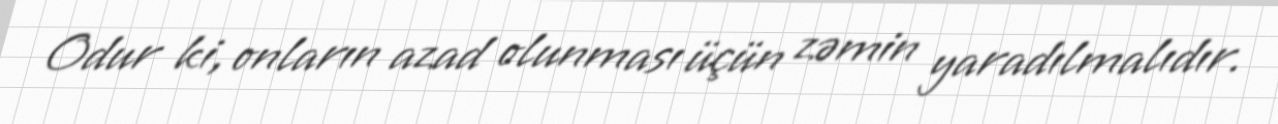
Odur ki, onların azad olunması üçün zəmin yaradılmalıdır.